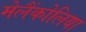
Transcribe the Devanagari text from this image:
मेलैंकोलिया